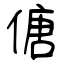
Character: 傏